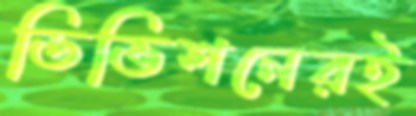
ডিভিশনেরই